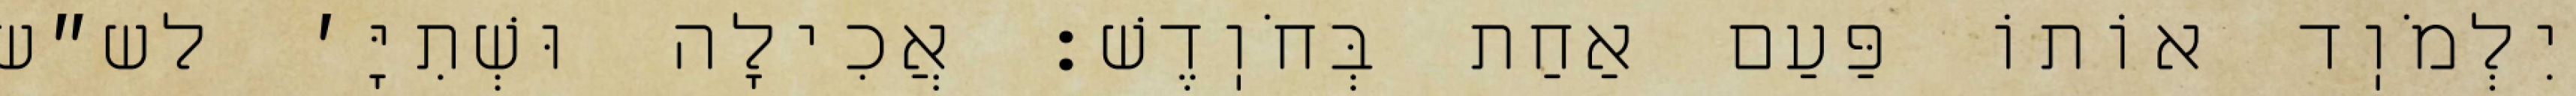
יִלְמֹוֽד אוֹתוֹ פַּעַם אַחַת בְּחֹוֽדֶשׁ: אֲכִילָה וּשְׁתִיָּ׳ לש״ש